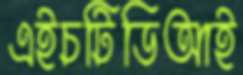
এইচটিডিআই